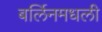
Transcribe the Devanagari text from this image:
बर्लिनमधली